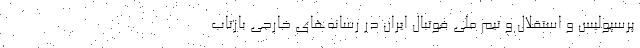
پرسپولیس و استقلال و تیم ملی فوتبال ایران در رسانه‌های خارجی بازتاب